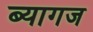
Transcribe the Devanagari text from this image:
ब्यागज